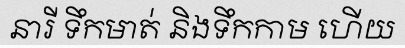
នារី ទឹកមាត់ និងទឹកកាម ហើយ